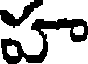
పా